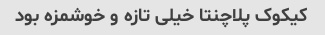
کیکوک پلاچنتا خیلی تازه و خوشمزه بود